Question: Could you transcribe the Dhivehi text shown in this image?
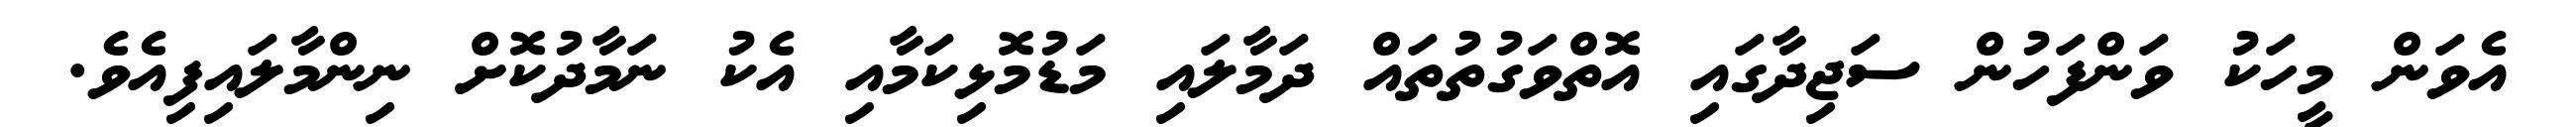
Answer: އެވަން މީހަކު ވަންފަހުން ސަޖިދާގައި އޮތްވަގުތުތައް ދަމާލައި މަޑުމޮޅިކަމާއި އެކު ނަމާދުކޮށް ނިންމާލައިފިއެވެ.